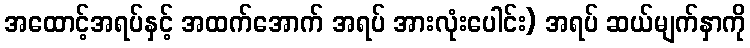
အထောင့်အရပ်နှင့် အထက်အောက် အရပ် အားလုံးပေါင်း) အရပ် ဆယ်မျက်နှာကို